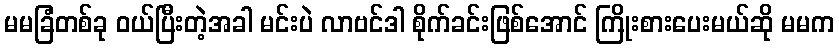
မမခြံတစ်ခု ဝယ်ပြီးတဲ့အခါ မင်းပဲ လာဗင်ဒါ စိုက်ခင်းဖြစ်အောင် ကြိုးစားပေးမယ်ဆို မမက